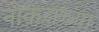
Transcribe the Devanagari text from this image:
नोकराच्या